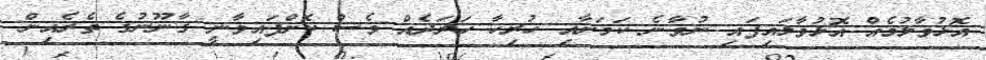
އޮޅުވާލުމެއް އޮޅުވާލައިފައި ނުވާނެ ކަމަށާއި ހުރިހާ ހަރަދެއް ވެސް ކޮށްފައިވާނީ ގާނޫނުގެ ތެރެއިން